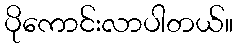
ပိုကောင်းလာပါတယ်။